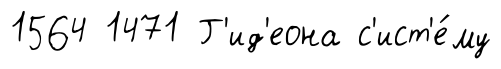
1564 1471 Г'ид'еона с'ист'е́му